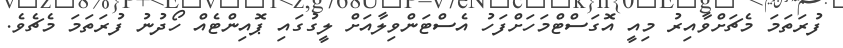
ފުރަތަމަ މެޗަށްވާއިރު މިއީ އޮގަސްޓްމަހަށްފަހު އެސްޓަންވިލާއަށް ލީގުގައި ޕޮއިންޓެއް ހޯދުނު ފުރަތަމަ މެޗެވެ.